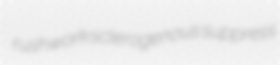
rushwork sclerogenous suppress